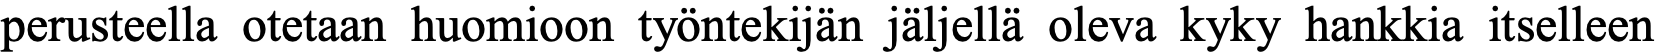
perusteella otetaan huomioon työntekijän jäljellä oleva kyky hankkia itselleen